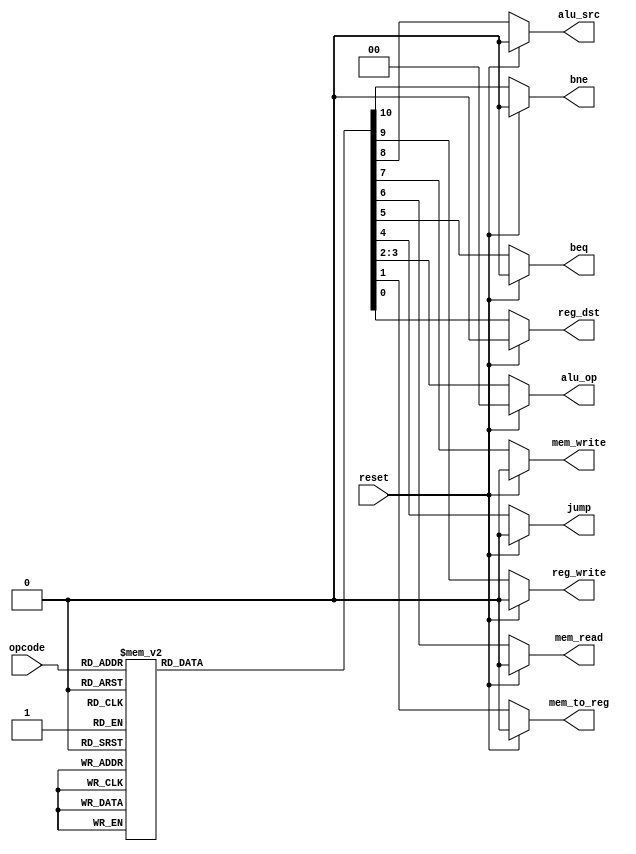
 /********************************************************************* 
*** EE 526 L 16-bit syngle cycle MIPS Fred Ryan,  Spring,2023       ***
***                                                                 *** 
***                                                                 *** 
***                                                                 *** 
********************************************************************** 
*** Filename//  control_unit.v Created by Fred Ryan, 12 May 2023   *** 
*** --- revision history, if any, goes here ---                     *** 
**********************************************************************/ 

`timescale 1 ns / 1 ps
module control_unit( input[2:0] opcode,  
                           input reset,  
                           output reg[1:0] alu_op,  
                           output reg jump,beq,bne,mem_read,mem_write,alu_src,reg_dst,mem_to_reg,reg_write                      
   );  
 always @(*)  
 begin  
      if(reset == 1'b1) begin  
                reg_dst = 1'b0;  
                mem_to_reg = 1'b0;  
                alu_op = 2'b00;  
                jump = 1'b0;  
                beq = 1'b0;  
                mem_read = 1'b0;  
                mem_write = 1'b0;  
                alu_src = 1'b0;  
                reg_write = 1'b0;  
                bne = 1'b0;  
      end  
      else begin  
      case(opcode)   
      3'b000: begin // R type (add,sub,and,or,slt,jr) 
                reg_dst = 1'b1;  
                mem_to_reg = 1'b0;  
                alu_op = 2'b00;  
                jump = 1'b0;  
                beq = 1'b0;  
                mem_read = 1'b0;  
                mem_write = 1'b0;  
                alu_src = 1'b0;  
                reg_write = 1'b1;  
                bne = 1'b0;  
                end  
      3'b001: begin // I type (slti) 
                reg_dst = 1'b0;  
                mem_to_reg = 1'b0;  
                alu_op = 2'b10;  
                jump = 1'b0;  
                beq = 1'b0;  
                mem_read = 1'b0;  
                mem_write = 1'b0;  
                alu_src = 1'b1;  
                reg_write = 1'b1;  
                bne = 1'b0;  
                end  
      3'b010: begin // j type(j) 
                reg_dst = 1'b0;  
                mem_to_reg = 1'b0;  
                alu_op = 2'b00;  
                jump = 1'b1;  
                beq = 1'b0;  
                mem_read = 1'b0;  
                mem_write = 1'b0;  
                alu_src = 1'b0;  
                reg_write = 1'b0;  
                bne = 1'b0;  
                end  
       3'b011: begin// I type (bne)
                reg_dst = 1'b0;
                alu_src = 1'b0;
                mem_to_reg = 1'b0;
                reg_write = 1'b0;
                mem_read = 1'b0;
                mem_write = 1'b0;
                beq = 1'b0;
                bne = 1'b1;
                alu_op = 2'b01;
               jump = 1'b0; 
               end 

      3'b100: begin // I type (lw)
                reg_dst = 1'b0;  
                mem_to_reg = 1'b1;  
                alu_op = 2'b11;  
                jump = 1'b0;  
                beq = 1'b0;  
                mem_read = 1'b1;  
                mem_write = 1'b0;  
                alu_src = 1'b1;  
                reg_write = 1'b1;  
                bne = 1'b0;  
                end  
      3'b101: begin // I type( sw)   
                reg_dst = 1'b0;  
                mem_to_reg = 1'b0;  
                alu_op = 2'b11;  
                jump = 1'b0;  
                beq = 1'b0;  
                mem_read = 1'b0;  
                mem_write = 1'b1;  
                alu_src = 1'b1;  
                reg_write = 1'b0;  
                bne = 1'b0;  
                end  
      3'b110: begin // I type (beq) 
                reg_dst = 1'b0;  
                mem_to_reg = 1'b0;  
                alu_op = 2'b01;  
                jump = 1'b0;  
                beq = 1'b1;  
                mem_read = 1'b0;  
                mem_write = 1'b0;  
                alu_src = 1'b0;  
                reg_write = 1'b0;  
                bne = 1'b0;  
                end  
      3'b111: begin // I type (addi) 
                reg_dst = 1'b0;  
                mem_to_reg = 1'b0;  
                alu_op = 2'b11;  
                jump = 1'b0;  
                beq = 1'b0;  
                mem_read = 1'b0;  
                mem_write = 1'b0;  
                alu_src = 1'b1;  
                reg_write = 1'b1;  
                bne = 1'b0;  
                end  
      default: begin  
                reg_dst = 1'b1;  
                mem_to_reg = 1'b0;  
                alu_op = 2'b00;  
                jump = 1'b0;  
                beq = 1'b0;  
                mem_read = 1'b0;  
                mem_write = 1'b0;  
                alu_src = 1'b0;  
                reg_write = 1'b1;  
                bne = 1'b0;  
                end  
      endcase  
      end  
 end  
 endmodule
 
 module ALUControl( ALU_Control, ALUOp, Function);  
 output reg[2:0] ALU_Control;  
 input [1:0] ALUOp;  
 input [3:0] Function;  
 wire [5:0] ALUControlIn;  
 assign ALUControlIn = {ALUOp,Function};  
 always @(ALUControlIn)  
 casex (ALUControlIn)  
  6'b11xxxx: ALU_Control=3'b000; // Addi,lw,sw
  6'b10xxxx: ALU_Control=3'b100;  //i-type: slti if (a<b) result = 16'd1;
  6'b01xxxx: ALU_Control=3'b001;  // sub 
  6'b000000: ALU_Control=3'b000;  // R-type: ADD
  6'b000001: ALU_Control=3'b001;  // R-type: sub
  6'b000010: ALU_Control=3'b010;  // R-type: AND
  6'b000011: ALU_Control=3'b011;  // R-type: OR
  6'b000100: ALU_Control=3'b100;  //R-type: slt if (a<b) result = 16'd1;
  default: ALU_Control=3'b000;  
  endcase  
 endmodule